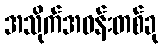
အသိုက်အဝန်းတစ်ခု